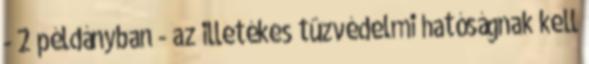
- 2 példányban - az illetékes tûzvédelmi hatóságnak kell